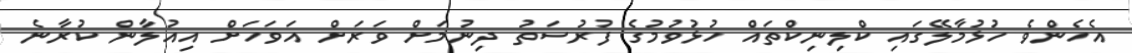
އެހެންވެ ހުޅުމާލޭގައި ކްލިނިކްތައް ހުޅުވުމުގެ ފުރުސަތު ދިނުމަށް ވަރަށް އަވަހަށް އިއުލާން ކުރާނެ